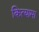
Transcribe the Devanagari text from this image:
कित्यामा